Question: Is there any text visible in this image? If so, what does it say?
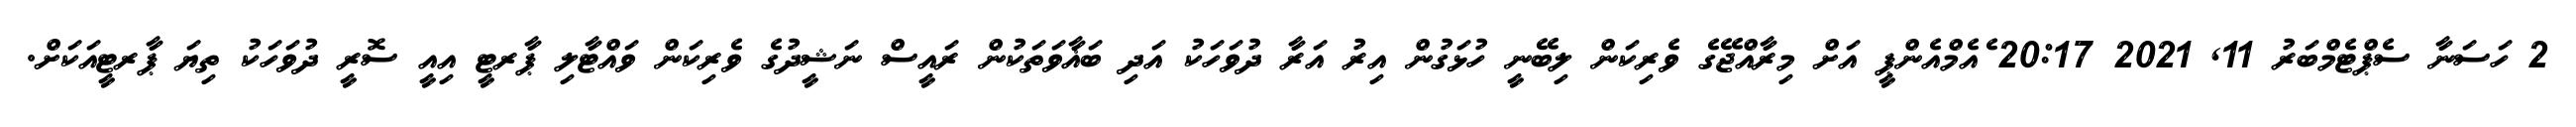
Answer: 2 ހަސަނާ ސެޕްޓެމްބަރު 11, 2021 20:17 ެއެމްއެންޕީ އަށް މިރާއްޖޭގެ ވެރިކަން ލިބޭނީ ހުޅަގުން އިރު އަރާ ދުވަހަކު އަދި ބަޣާވަތަކުން ރައީސް ނަޝީދުގެ ވެރިކަން ވައްޓާލި ޕާރޓީ އިއީ ސޮރީ ދުވަހަކު ތިޔަ ޕާރޓީއަކަށް.